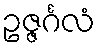
ဥဇ္ဇင်္ဂလံ